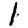
Digit: 1